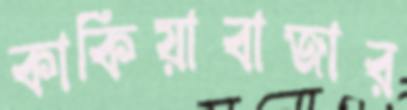
কাকিয়াবাজার